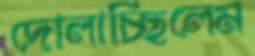
দোলাচ্ছিলেম